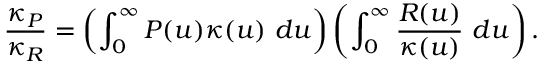
\frac { \kappa _ { P } } { \kappa _ { R } } = \left( \int _ { 0 } ^ { \infty } P ( u ) \kappa ( u ) ~ d u \right) \left( \int _ { 0 } ^ { \infty } \frac { R ( u ) } { \kappa ( u ) } ~ d u \right) .